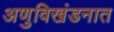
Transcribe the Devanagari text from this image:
अणुविखंडनात